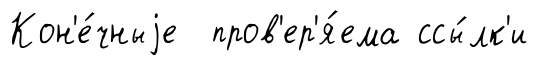
Кон'е́чныjе пров'ер'я́ема ссы́лк'и